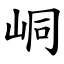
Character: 峒